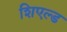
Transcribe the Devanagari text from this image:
शिएल्ड